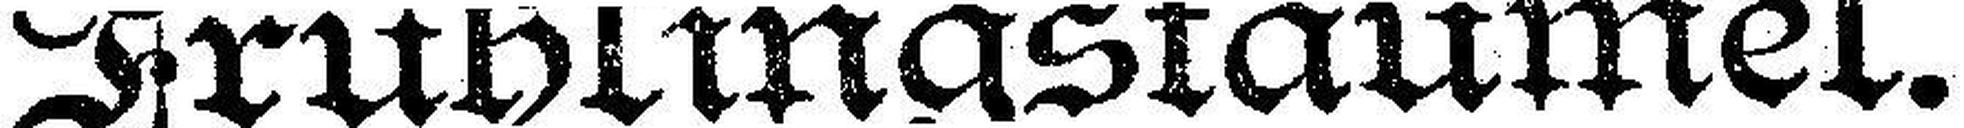
Frühlingstaumel.